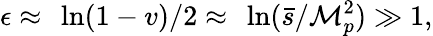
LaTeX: \epsilon\approx~\ln(1-v)/2\approx~\ln(\bar{s}/{\cal M}_{p}^{2})\gg 1,